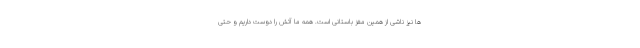
ها نیز ناشی از همین مغز باستانی است. همه ما آتش را دوست داریم و حتی